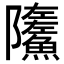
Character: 𩼏